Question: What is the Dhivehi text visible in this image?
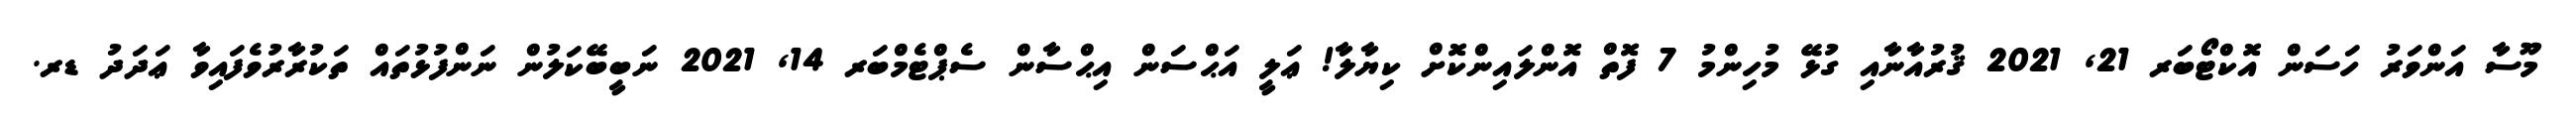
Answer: މޫސާ އަންވަރު ހަސަން އޮކްޓޯބަރ 21, 2021 ޤުރުއާނާއި ގުޅޭ މުހިންމު 7 ފޮތް އޮންލައިންކޮށް ކިޔާލާ! ޢަލީ އަޙްސަން އިޙްސާން ސެޕްޓެމްބަރ 14, 2021 ނަބީބޭކަލުން ނަންފުޅުތައް ތަކުރާރުވެފައިވާ ޢަދަދު ޑރ.